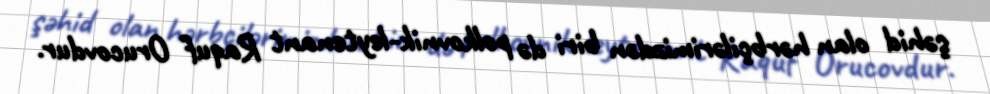
şəhid olan hərbçilərimizdən biri də polkovnik-leytenant Raquf Orucovdur.